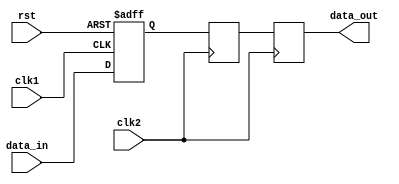
module synchronizer (
    input wire clk1, // clock for first domain
    input wire clk2, // clock for second domain
    input wire rst, // reset signal
    input wire data_in, // input data
    output reg data_out // output data
);

reg [7:0] sync_reg1; // register for holding data before synchronization
reg [7:0] sync_reg2; // register for holding data after synchronization

always @ (posedge clk1 or posedge rst) begin
    if (rst) begin
        sync_reg1 <= 8'b0;
    end else begin
        sync_reg1 <= data_in;
    end
end

always @ (posedge clk2) begin
    sync_reg2 <= sync_reg1;
end

always @ (posedge clk2) begin
    data_out <= sync_reg2;
end

endmodule